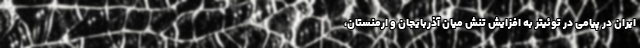
ایران در پیامی در توئیتر به افزایش تنش میان آذربایجان و ارمنستان،